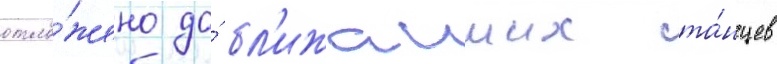
отло́жено до́ бл'ижаиших та́нцев